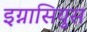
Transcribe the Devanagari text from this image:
इग्नासियुस